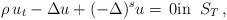
LaTeX: \begin{align*}\rho\, u_t- \Delta u +(-\Delta)^s u =\,0\textrm{in}\;\; S_T\,,\end{align*}